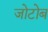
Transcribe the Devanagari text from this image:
जोटोब